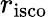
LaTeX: r_{\mathrm{isco}}